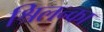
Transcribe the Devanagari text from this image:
श्रिलन्का